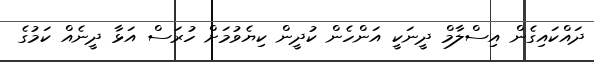
ދައްކައިގެން އިސްލާމް ދީނަކީ އަންހެން ކުދީން ކިޔެވުމަށް ހުރަސް އަޅާ ދީނެއް ކަމުގެ